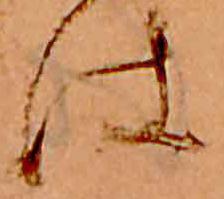
は